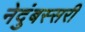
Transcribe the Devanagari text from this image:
नेदुंबस्सरी